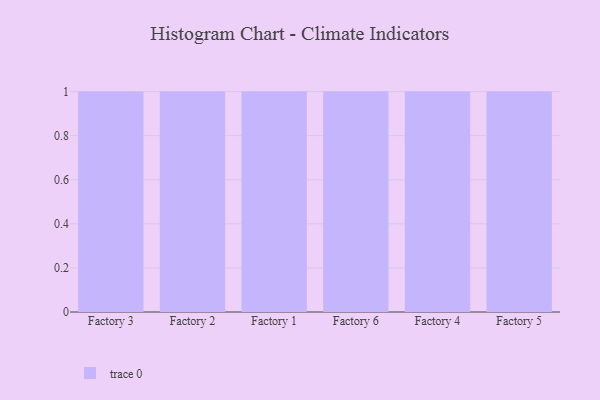
{"axis": {"x": "Factory", "y": "Demand Index"}, "legend": [""], "data": [{"x": "Factory 3", "y": 34, "type": ""}, {"x": "Factory 2", "y": 40, "type": ""}, {"x": "Factory 1", "y": 95, "type": ""}, {"x": "Factory 6", "y": 81, "type": ""}, {"x": "Factory 4", "y": 17, "type": ""}, {"x": "Factory 5", "y": 93, "type": ""}]}